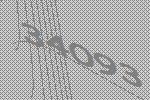
34093